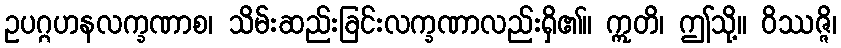
ဥပဂ္ဂဟနလက္ခဏာစ၊ သိမ်းဆည်းခြင်းလက္ခဏာလည်းရှိ၏။ ဣတိ၊ ဤသို့။ ဝိဿဇ္ဇိ၊